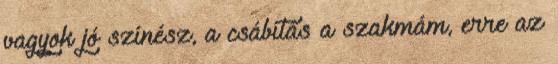
vagyok jó színész, a csábítás a szakmám, erre az